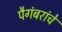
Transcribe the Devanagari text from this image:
पैगंबरांचे